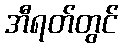
အီရတ်တွင်